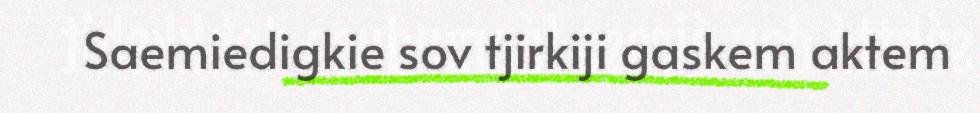
Saemiedigkie sov tjirkiji gaskem aktem